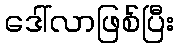
ဒေါ်လာဖြစ်ပြီး